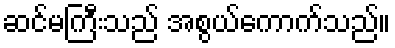
ဆင်မကြီးသည် အစွယ်ကောက်သည်။